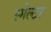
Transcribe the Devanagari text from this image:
स्मेल्टर